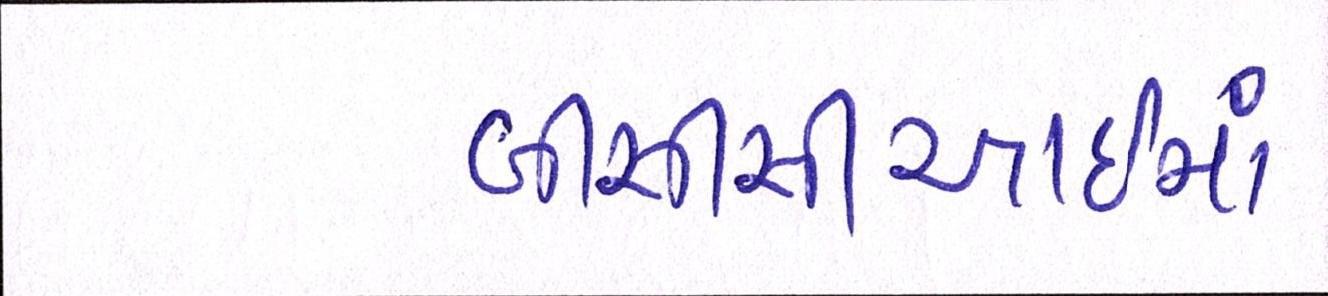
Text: બીસીસીઆઈમાં